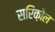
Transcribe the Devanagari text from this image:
सरिक़ोल